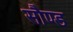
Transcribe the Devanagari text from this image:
सौण्ड